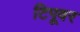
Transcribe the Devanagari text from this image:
टिपूवर